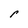
Character: r